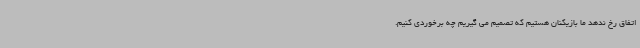
اتفاق رخ ندهد ما بازیکنان هستیم که تصمیم می گیریم چه برخوردی کنیم.